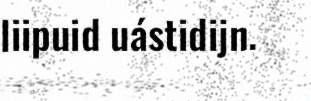
liipuid uástidijn.